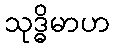
သုဒ္ဓိမာဟ